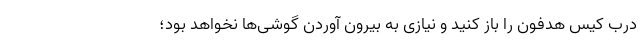
درب کیس هدفون را باز کنید و نیازی به بیرون آوردن گوشی‌ها نخواهد بود؛